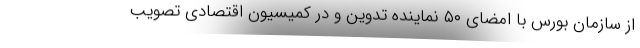
از سازمان بورس با امضای ۵۰ نماینده تدوین و در کمیسیون اقتصادی تصویب